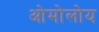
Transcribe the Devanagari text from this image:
ओमोलोय